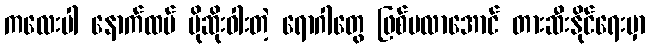
ကလေးပါ နောက်ထပ် ပိုဆိုးဝါးတဲ့ ရောဂါတွေ ဖြစ်မလာအောင် တားဆီးနိုင်ရေးမှာ